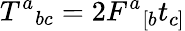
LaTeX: T^{a}{}_{bc}=2F^{a}{}_{[b}t_{c]}